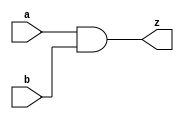
//#############################################################################
//# Function: 2-Input AND Gate                                                #
//# Copyright: Lambda Project Authors. All rights Reserved.                   #
//# License:  MIT (see LICENSE file in Lambda repository)                     #
//#############################################################################

module la_and2 #(
    parameter PROP = "DEFAULT"
) (
    input  a,
    input  b,
    output z
);

    assign z = a & b;

endmodule